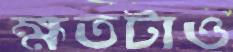
ক্ষতটাও